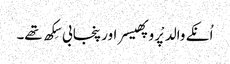
اُنکے والد پْروپھیسر اور پنجابی سِکھ تھے۔